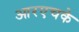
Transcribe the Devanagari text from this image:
आरएचके